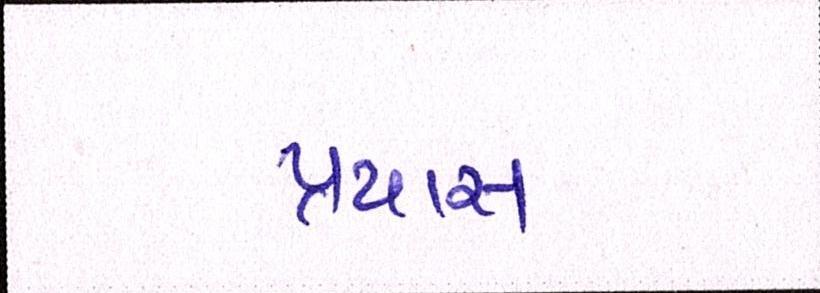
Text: પ્રયાસ